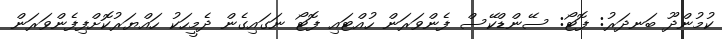
ކުމުންދޫ ބަނދަރު: ފޮޓޯ: ސޭންޑްކޭސް ފެންވަރަން ހުއްޓައި ފޮޓޯ ނަގައިގެން ދެމީހަކު ހައްޔަރުކޮށްފިފެންވަރަން